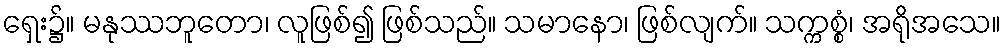
ရှေး၌။ မနုဿဘူတော၊ လူဖြစ်၍ ဖြစ်သည်။ သမာနော၊ ဖြစ်လျက်။ သက္ကစ္စံ၊ အရိုအသေ။